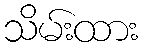
သိမ်းထား